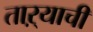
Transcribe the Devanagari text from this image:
ताऱ्‍याची